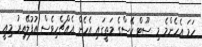
ހަމަ އެހެންމެ މި ސޫޓް ކޭސްގެ މަތީގައި އެހެން އެއްޗެހިވެސް އުފުލޭއިރު މިއީ